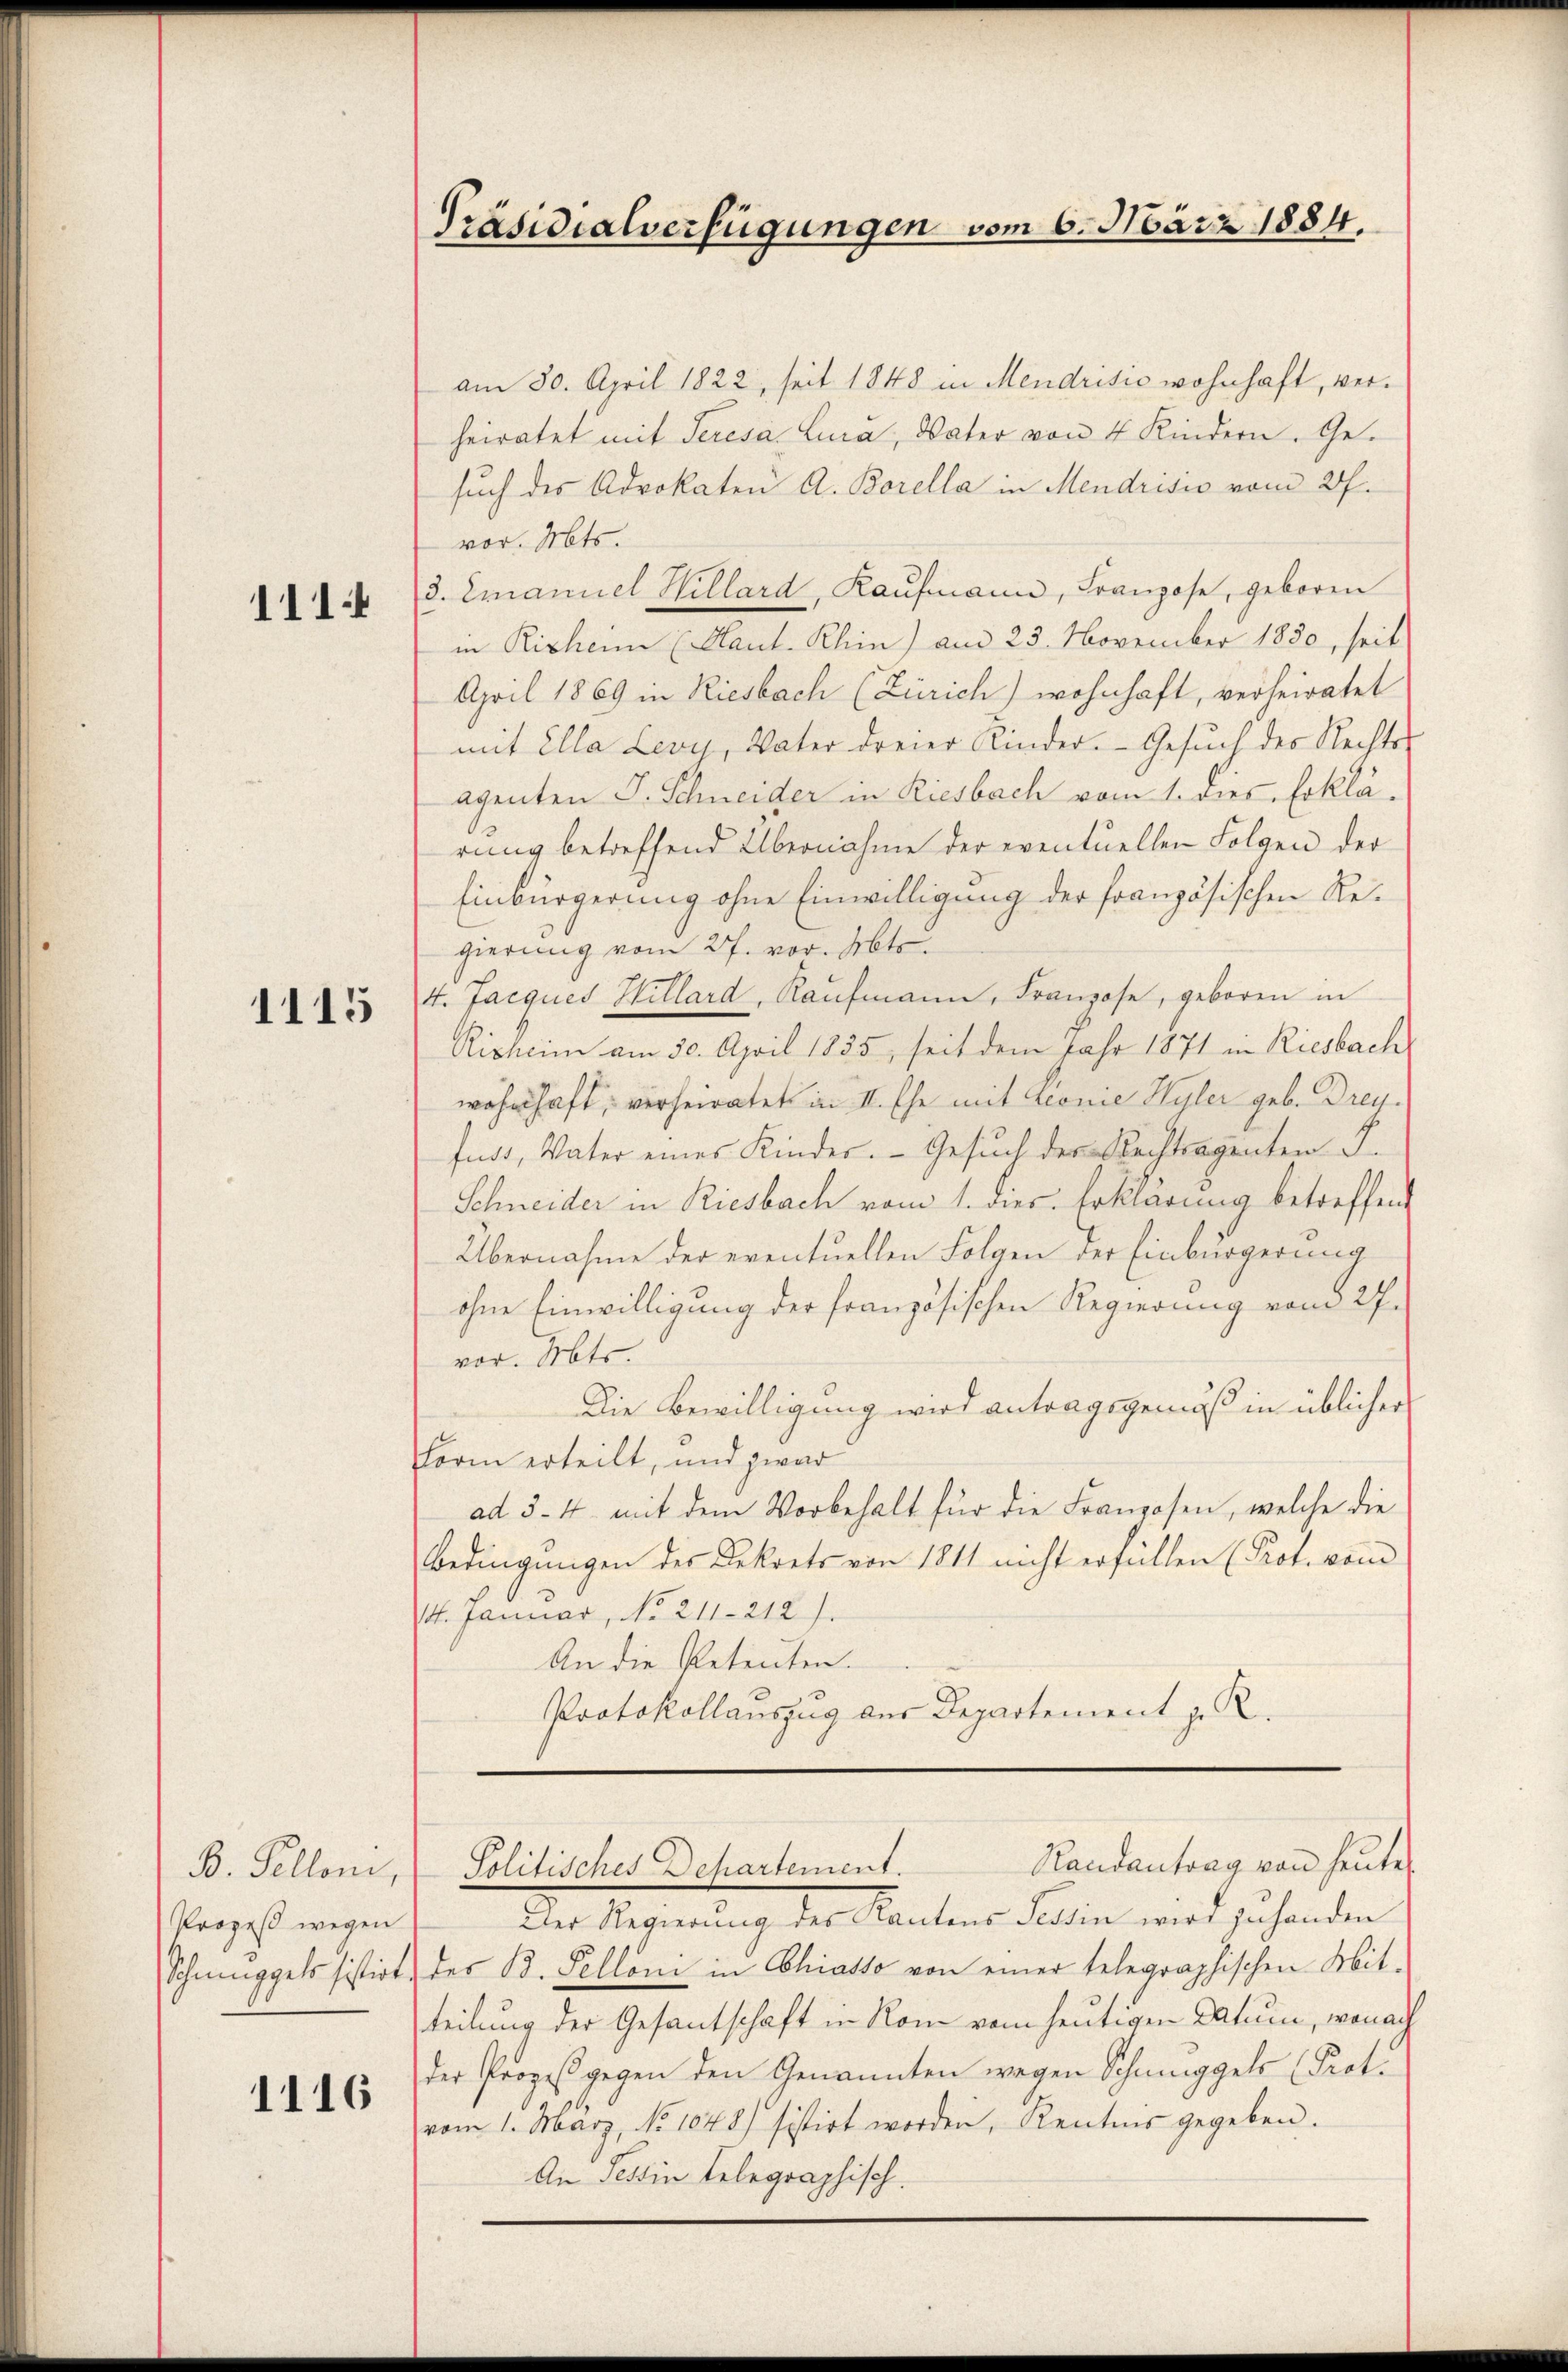
111.

1115

am 30. April 1822, seit 1848 in Mendrisis wohnhaft, verheiratet mit Seresa Luca, Vater von 4 Kindern. Gesuch des Advokaten A. Borella in Mendrisis vom 27.
vor. Mts.
d. Emanuel Hillard, Kaufmann, Franzose, geboren
in Risheim (Haut- Rhin) am 23. November 1850, seit
April 1869 in Riesbach (Zürich) wohnhaft, verheiratet
mit Ella Leoy, Vater dreier Kinder. Gesuch des Rechts
agenten J. Schneider in Riesbach vom 1. dies Erklärung betreffend Übernahme der eventuellen Folgen der
Einbürgerung ohne Einwilligung der französischen Regierung vom 27. vor. Abtr
4. Jacques Hillard, Kaufmann, Franzose, geboren in
Risheim am 30. April 1835, seit dem Jahr 1871 in Riesbach
wohnhaft, verheiratet in II. Ehe mit Lionie Hyler geb. Drey.
fuss, Vater eines Kinder. - Gesuch der Rechtragenten S.
Schneider in Riesbach vom 1. dies Erklärung betreffen
Übernahme der eventuellen Folgen der Einbürgerung
ohne Einwilligung der französischen Regierung vom 27.
vor. Mts.
Die Bewilligung wird antragsgemäß in üblicher
Form erteilt, und zwar
ad 3. 4. mit dem Vorbehalt für die Franzosen, welche die
Bedingungen des Dekrets von 1811 nicht erfüllen (Prot. vom
4t. Januar, No. 211. 212.
An die Petenten.
Protokollauszug der Departement z. R.

B. Pelloni,
Prozeß wegen

1116

Präsidialverfügungen vom 6. März 1884.

Der Regierung des Kantons Tessin wird zu handen
Schmuggels sistirt der B. Felloni in Chiasso von einer telegraphischen Mit-
teilung der Gesantschaft in Rom vom heutigen Datum, wonach
der Prozeβgegen den Genannten wegen Schmuggels (Prot.
vom 1. März, No 1048 sistirt worden, Kentnis gegeben.
An Tessin telegraphisch.

Randantrag von heute
Politisches Dechartement.